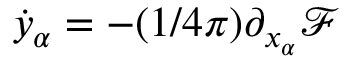
\dot { y } _ { \alpha } = - ( 1 / 4 \pi ) \partial _ { x _ { \alpha } } \mathcal F